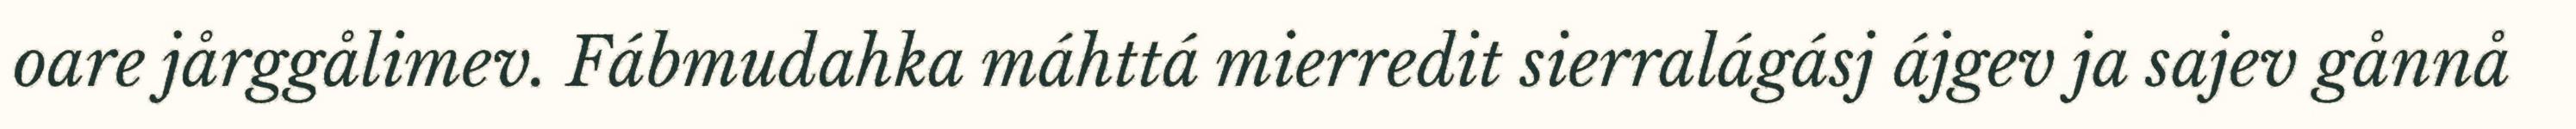
oare jårggålimev. Fábmudahka máhttá mierredit sierralágásj ájgev ja sajev gånnå